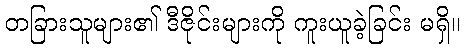
တခြားသူများ၏ ဒီဇိုင်းများကို ကူးယူခဲ့ခြင်း မရှိ။